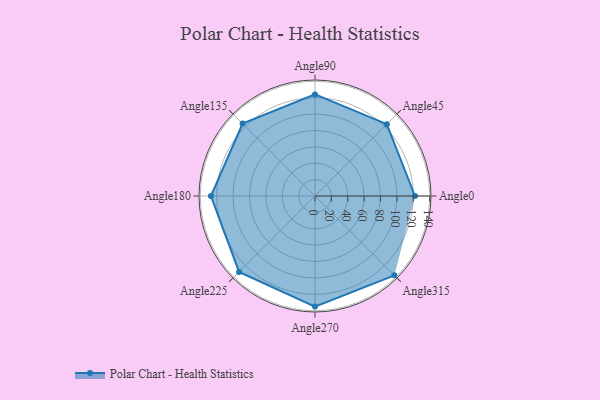
{"axis": {"x": "Angle", "y": "Radius"}, "legend": [""], "data": [{"x": "Angle0", "y": 122.0, "type": ""}, {"x": "Angle45", "y": 124.0, "type": ""}, {"x": "Angle90", "y": 124.0, "type": ""}, {"x": "Angle135", "y": 125.0, "type": ""}, {"x": "Angle180", "y": 127.0, "type": ""}, {"x": "Angle225", "y": 131.0, "type": ""}, {"x": "Angle270", "y": 135.0, "type": ""}, {"x": "Angle315", "y": 137.0, "type": ""}]}